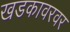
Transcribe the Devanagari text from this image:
खडकावरवर